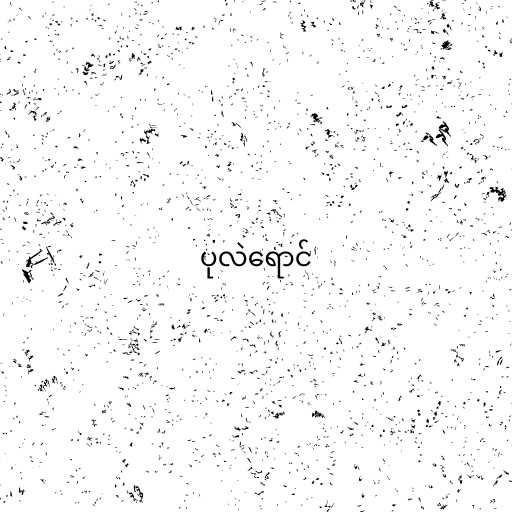
ပုလဲရောင်